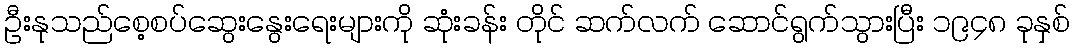
ဦးနုသည်စေ့စပ်ဆွေးနွေးရေးများကို ဆုံးခန်း တိုင် ဆက်လက် ဆောင်ရွက်သွားပြီး ၁၉၄၈ ခုနှစ်